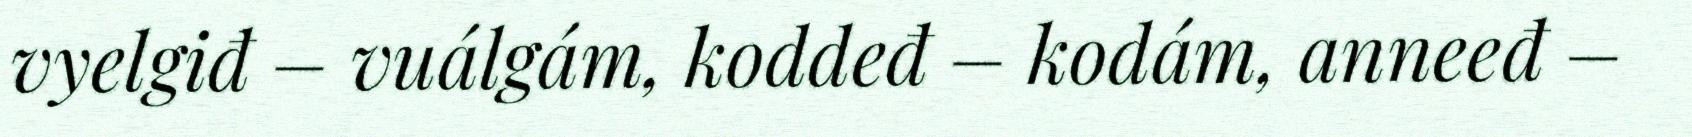
vyelgiđ – vuálgám, koddeđ – kodám, anneeđ –